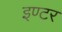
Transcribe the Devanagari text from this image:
इण्‍टर